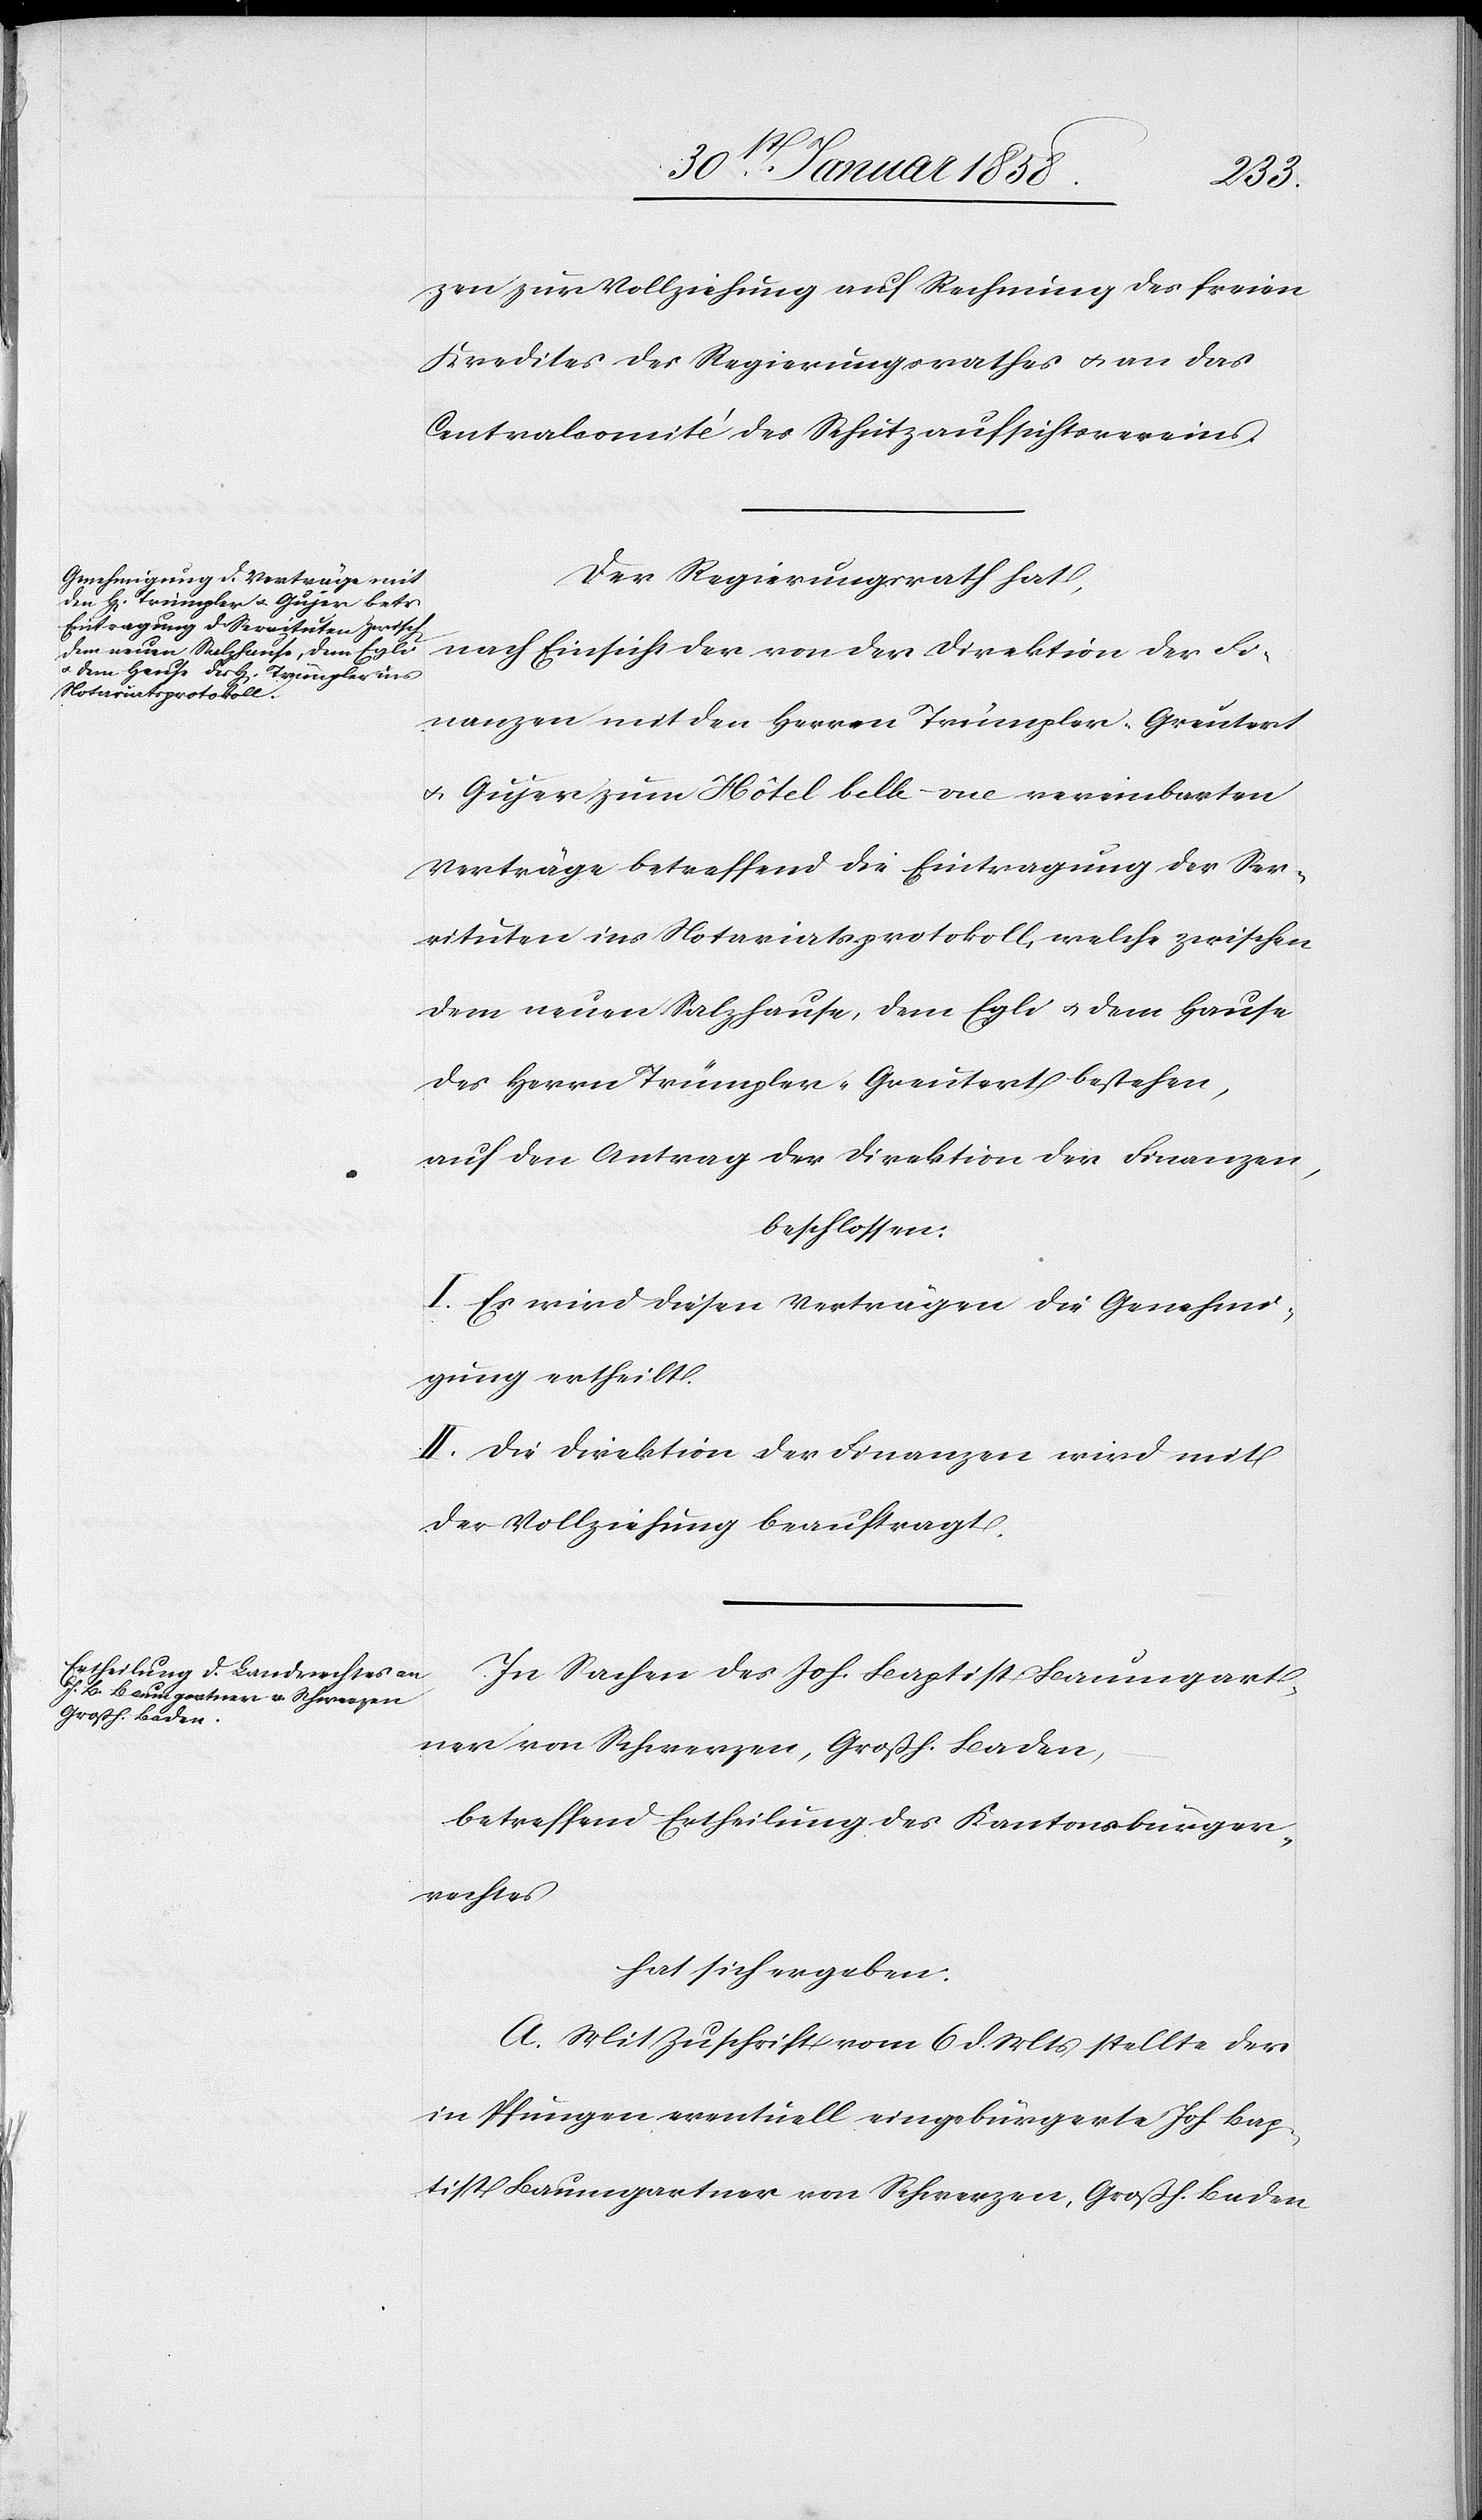
zen zur Vollziehung auf Rechnung des freien
Kredites des Regierungsrathes u. an das
Centralcomité des Schutzaufsichtsvereins.
Der Regierungsrath hat,
nach Einsicht der von der Direktion der Fi¬
nanzen mit den Herren Trümpler-Greutert
u. Gujer zum Hôtel belle-vue vereinbarten
Verträge betreffend die Eintragung der Ser¬
vituten in das Notariatsprotokoll, welche zwischen
dem neuen Salzhause, dem Egli u. dem Hause
des Herrn Trümpler-Greutert bestehen,
auf den Antrag der Direktion der Finanzen,
beschlossen:
I. Es wird diesen Verträgen die Genehmi¬
gung ertheilt.
II. Die Direktion der Finanzen wird mit
der Vollziehung beauftragt.
In Sachen des Joh. Baptist Baumgart¬
ner von Schwerzen, Großh. Baden,
betreffend Ertheilung des Kantonsbürger¬
rechtes
hat sich ergeben:
A. Mit Zuschrift vom 6. d. Mts. stellte der
in Pfungen eventuell eingebürgerte Joh. Bap¬
tist Baumgartner von Schwerzen, Großh. Baden